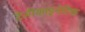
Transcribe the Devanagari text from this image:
टेलीकाइनेटिक